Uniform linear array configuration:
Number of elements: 4
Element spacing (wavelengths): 0.5
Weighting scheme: hann
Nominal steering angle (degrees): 15
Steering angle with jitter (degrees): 14.553
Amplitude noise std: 0.05
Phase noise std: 0.05

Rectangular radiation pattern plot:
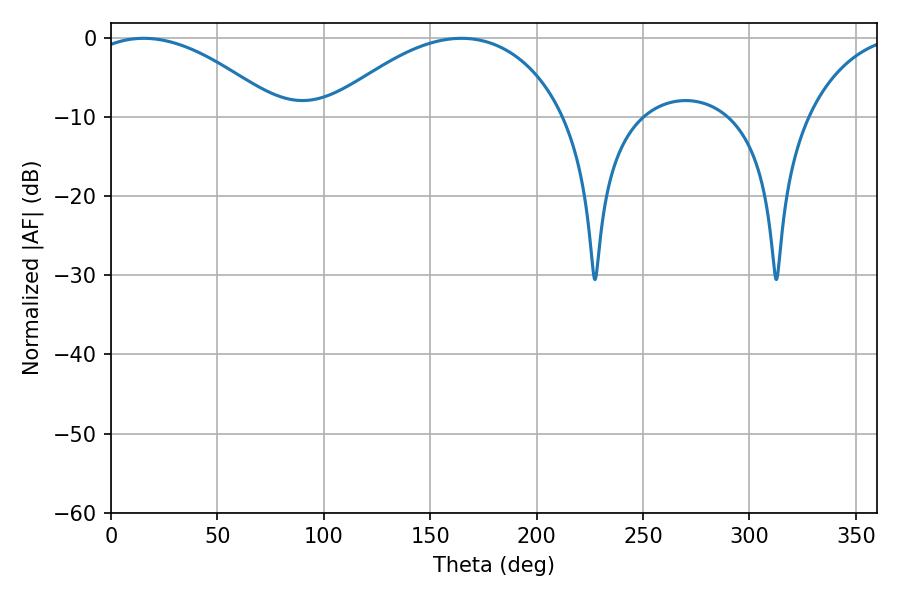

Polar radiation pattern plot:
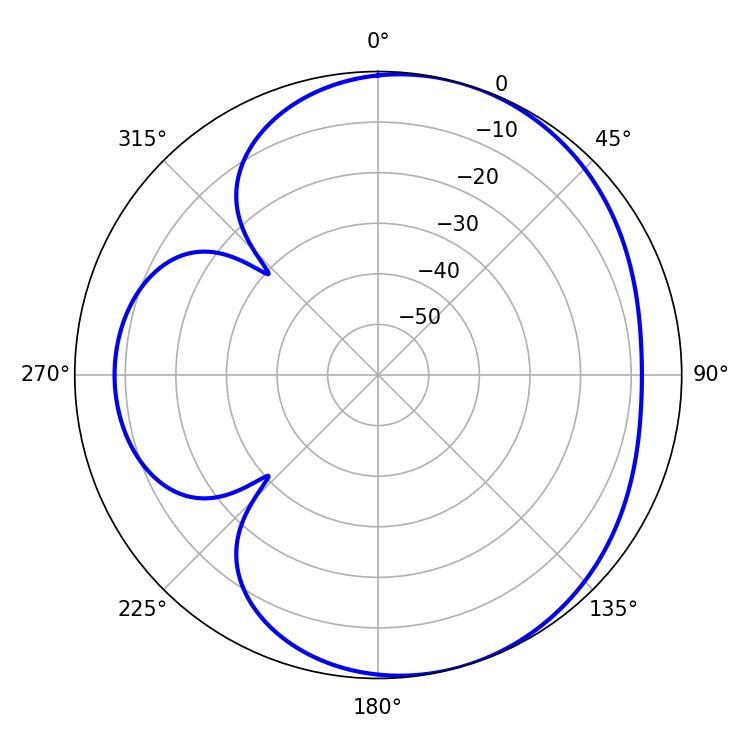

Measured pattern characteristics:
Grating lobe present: FALSE
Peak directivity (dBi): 4.822
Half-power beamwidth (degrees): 49.68
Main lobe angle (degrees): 15.3